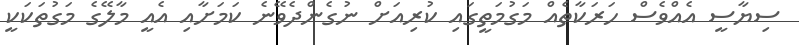
ސިޔާސީ އެއްވެސް ހަރަކާތެއް މަގުމަތީގައި ކުރިއަށް ނުގެންދެވޭނެ ކަމަށާއި އެއީ މާލޭގެ މަގުތަކަކީ